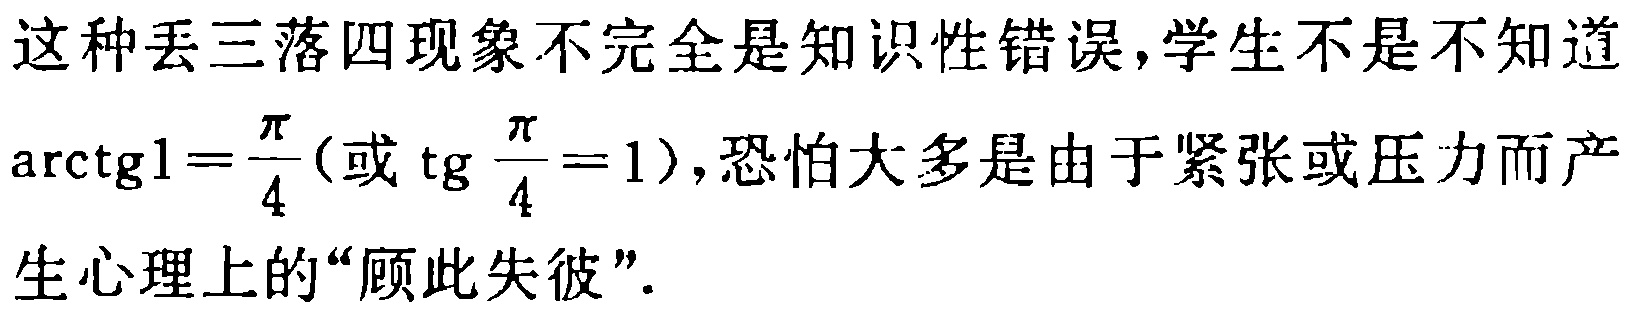
这种丢三落四现象不完全是知识性错误,学生不是不知道$\arctan1=\frac{\pi}{4}$(或$\tan\frac{\pi}{4}=1$),恐怕大多是由于紧张或压力而产生心理上的“顾此失彼”.